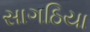
સાગઠિયા